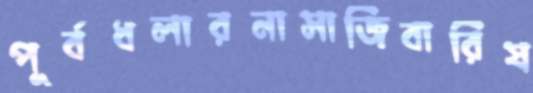
পূর্বধলারনাসাজিবারিষ